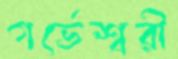
গর্ভেশ্বরী